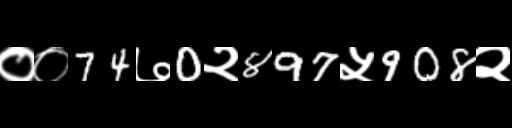
Text: ००74७0२897५908२